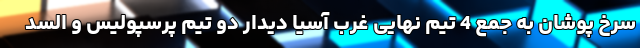
سرخ پوشان به جمع 4 تیم نهایی غرب آسیا دیدار دو تیم پرسپولیس و السد